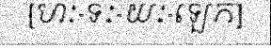
[ហៈ-ទៈ-យៈ-ឡេក]